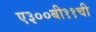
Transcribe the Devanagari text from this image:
ए३००बी११ची